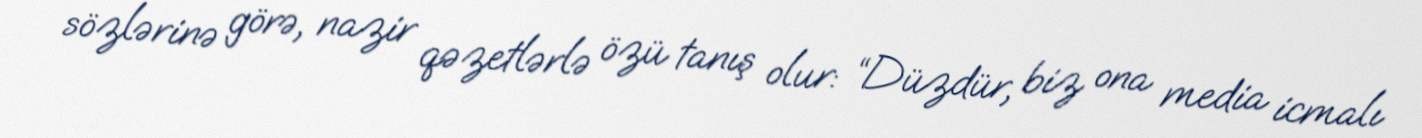
sözlərinə görə, nazir qəzetlərlə özü tanış olur: “Düzdür, biz ona media icmalı